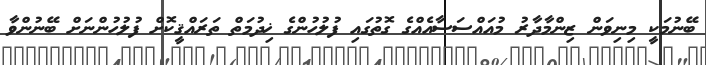
ބޭނުމަކީ މިނިވަން ޒިންމާދާރު މުއައްސަސާއެއްގެ ގޮތުގައި ފުލުހުންގެ ޚިދުމަތް ތަރައްޤީކޮށް ފުލުހުންނަށް ބޭނުންވާ